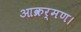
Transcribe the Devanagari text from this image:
आक्रर्मण।